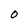
Character: 0